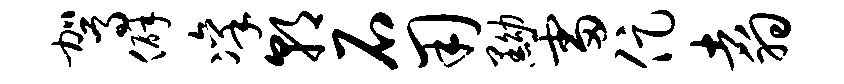
驾僻凛朝石用黝雷促翥